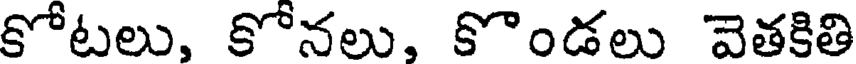
కోటలు, కోనలు, కొండలు వెతకితి